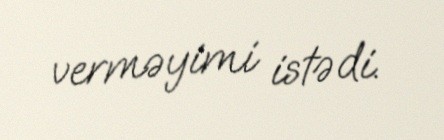
verməyimi istədi.